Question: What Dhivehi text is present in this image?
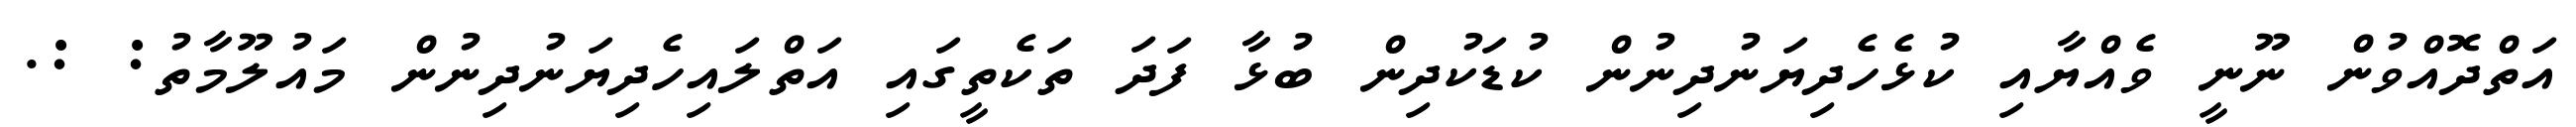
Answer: އަތްދޮއްވުން ނޫނީ ވެއްޔާއި ކުޅެހެދިޔަނުދިނުން ކުޑަކުދިން ބުޅާ ފަދަ ތަކެތީގައި އަތްލައިހެދިޔަނުދިނުން މައުލޫމާތު: :.